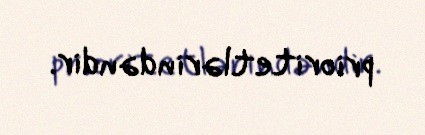
prioritetlərindəndir.